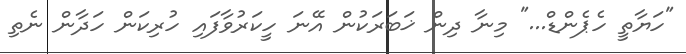
"ހަޔާތީ ހެޕެންޑް..." މިނާ ދިން ޚަބަރަކުން އޭނަ ހީކަރުވާފައި ހުރިކަން ހަދާން ނެތި